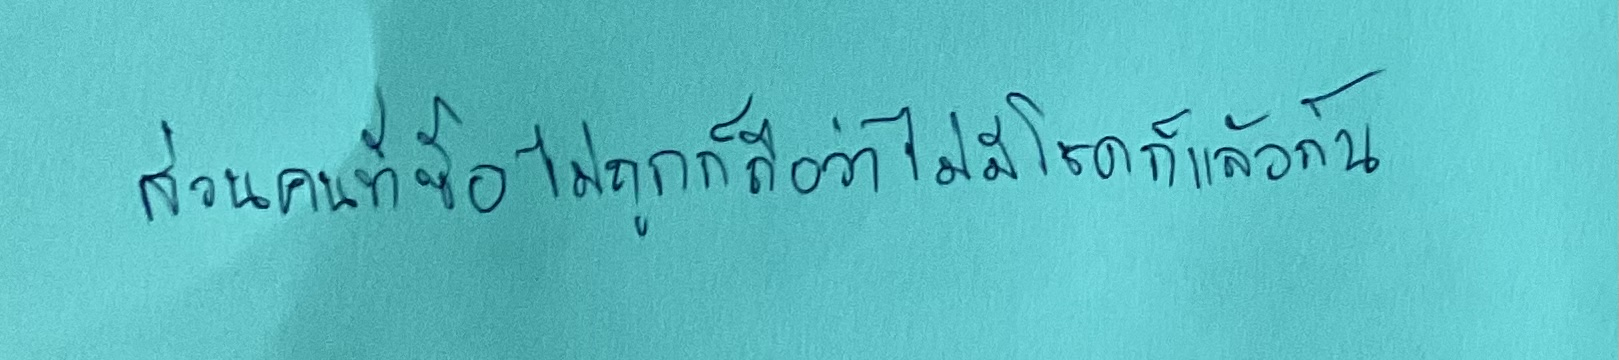
ส่วนคนที่ซื้อไม่ถูกก็ถือว่าไม่มีโชคก็แล้วกัน